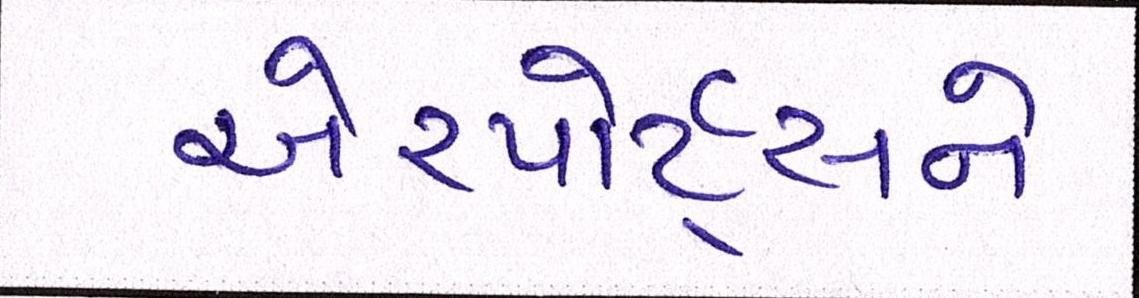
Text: એરપોર્ટ્સને